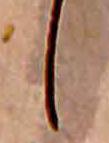
し